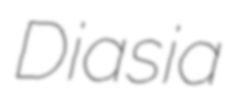
Diasia